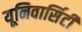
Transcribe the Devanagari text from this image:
यूनिवार्सिटी